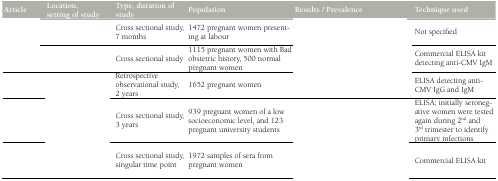
<table><thead><tr><td><b>Article</b></td><td><b>Location, setting of study</b></td><td><b>Type, duration of study</b></td><td><b>Population</b></td><td><b>Results / Prevalence</b></td><td><b>Technique used</b></td></tr></thead><tbody><tr><td>[EMPTY_CELL]</td><td>[EMPTY_CELL]</td><td>Cross-sectional study, 7 months</td><td>1472 pregnant women presenting at labour</td><td>[EMPTY_CELL]</td><td>Not specified</td></tr><tr><td>[EMPTY_CELL]</td><td>[EMPTY_CELL]</td><td>Cross-sectional study</td><td>1115 pregnant women with Bad obstetric history, 500 normal pregnant women</td><td>[EMPTY_CELL]</td><td>Commercial ELISA kit detecting anti-CMV IgM</td></tr><tr><td>[EMPTY_CELL]</td><td>[EMPTY_CELL]</td><td>Retrospective observational study, 2 years</td><td>1652 pregnant women</td><td>[EMPTY_CELL]</td><td>ELISA detecting anti-CMV IgG and IgM</td></tr><tr><td>[EMPTY_CELL]</td><td>[EMPTY_CELL]</td><td>Cross-sectional study, 3 years</td><td>939 pregnant women of a low socioeconomic level, and 123 pregnant university students</td><td>[EMPTY_CELL]</td><td>ELISA; initially seronegative women were tested again during 2<sup>nd</sup> and 3<sup>rd</sup> trimester to identify primary infections</td></tr><tr><td>[EMPTY_CELL]</td><td>[EMPTY_CELL]</td><td>Cross-sectional study, singular time point</td><td>1972 samples of sera from pregnant women</td><td>[EMPTY_CELL]</td><td>Commercial ELISA kit</td></tr></tbody></table>